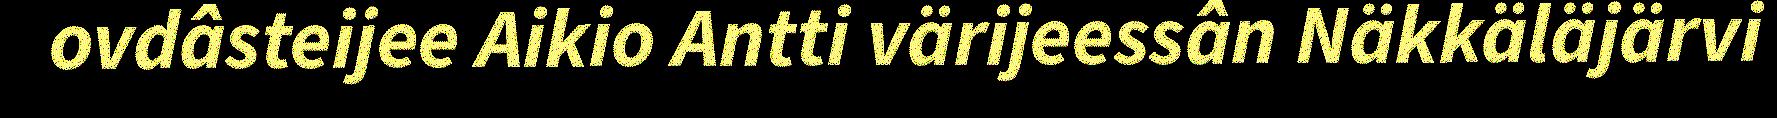
ovdâsteijee Aikio Antti värijeessân Näkkäläjärvi